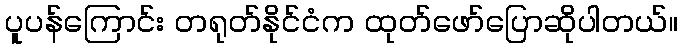
ပူပန်ကြောင်း တရုတ်နိုင်ငံက ထုတ်ဖော်ပြောဆိုပါတယ်။